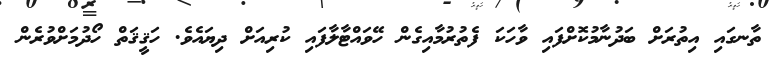
ތާނގައި އިތުރަށް ބަދުނާމުކޮށްފައި ވާހަކަ ފެތުރުމާއިގެން ހޭވައްޓާލާފައި ކުރިއަށް ދިޔައެވެ. ހަޤީޤަތް ހޯދުމަށްވުރެން